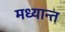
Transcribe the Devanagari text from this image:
मध्यान्त